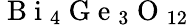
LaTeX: \mathrm{~B~i~}_{4}\mathrm{~G~e~}_{3}\mathrm{~O~}_{12}